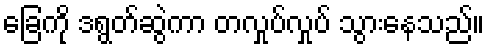
ခြေကို ဒရွတ်ဆွဲကာ တလှုပ်လှုပ် သွားနေသည်။